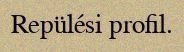
Repülési profil.